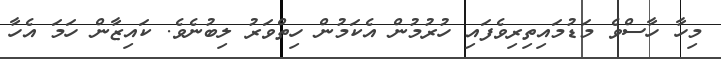
މިހާ ހާސްވެ މަޑުމައިތިރިވެފައި ހުރުމުން އެކަމުން ހިތްވަރު ލިބުނެވެ. ކައިޒާން ހަމަ އެހާ